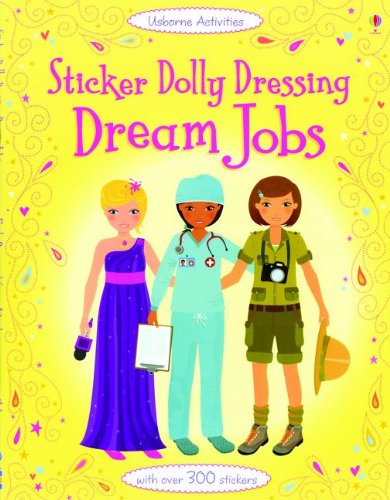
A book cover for Dream Jobs (Sticker Dolly Dressing); Emily Bone; Children's Books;